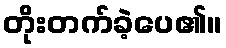
တိုးတက်ခဲ့ပေ၏။